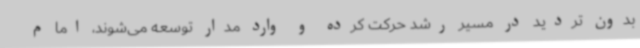
بدون تردید در مسیر رشد حرکت کرده و وارد مدار توسعه می‌شوند، اما م